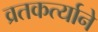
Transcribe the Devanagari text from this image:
व्रतकर्त्याने